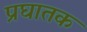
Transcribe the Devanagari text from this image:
प्रघातक